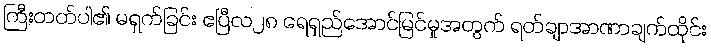
ကြီးတတ်ပါ၏ မရှက်ခြင်း ဧပြီလ၂၈ ရေရှည်အောင်မြင်မှုအတွက် ရတ်ချာအာဏာချက်ထိုင်း